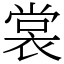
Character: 裳